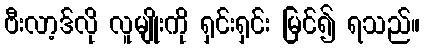
ဗီးလာ့ဒ်လို လူမျိုးကို ရှင်းရှင်း မြင်၍ ရသည်။